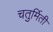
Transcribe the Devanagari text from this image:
चतुर्मिती